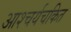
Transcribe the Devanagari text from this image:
आश्‍चर्यचकित